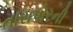
તારાપોરની